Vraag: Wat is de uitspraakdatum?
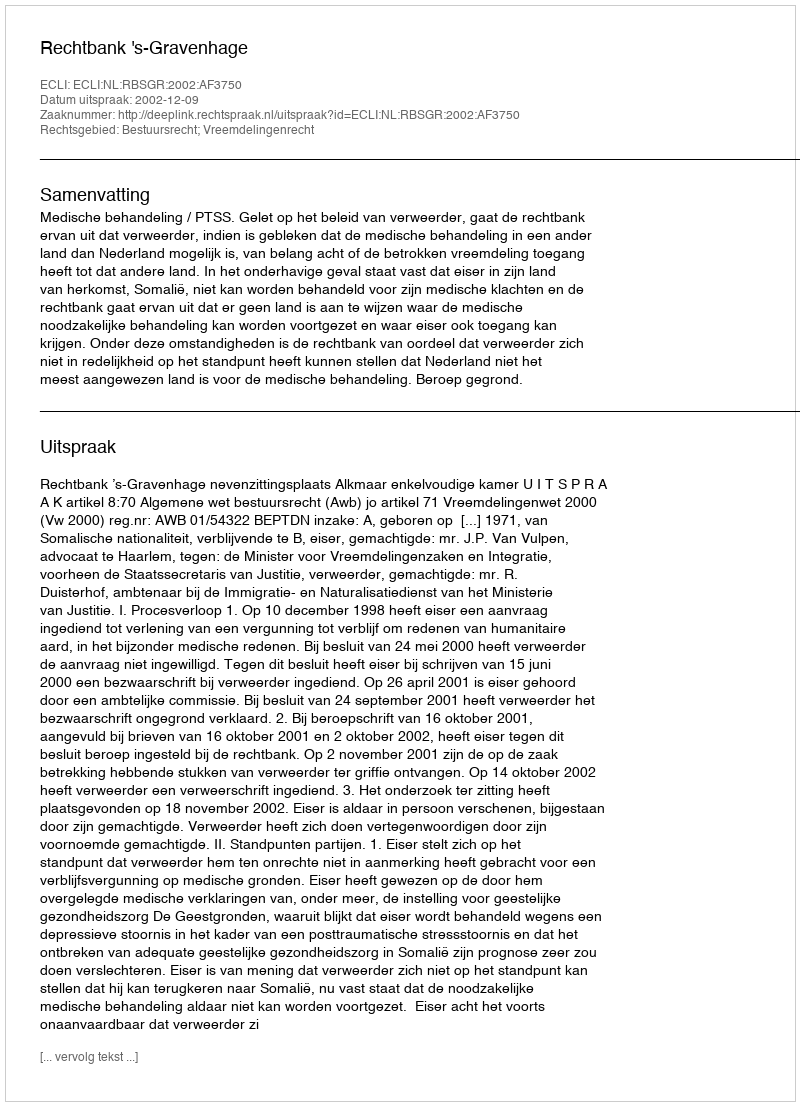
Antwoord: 2002-12-09